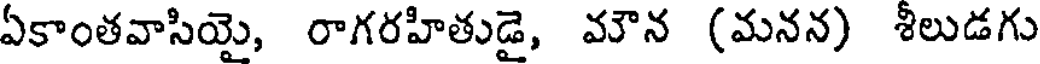
ఏకాంతవాసియై, రాగరహితుడై, మౌన (మనన) శీలుడగు